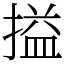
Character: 搤